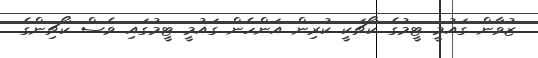
ޒުވާން ގައުމީ ޓީމުގެ ކޯޗަކީ ކުރިން އަންހެން ގައުމީ ޓީމުގައި ވެސް ކޯޗިންގެ